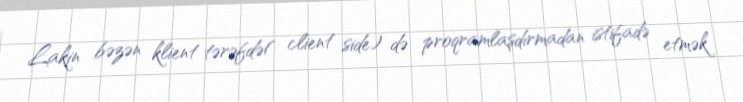
Lakin bəzən klient tərəfdə( client side) də proqramlaşdırmadan istifadə etmək